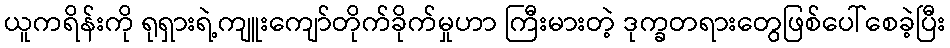
ယူကရိန်းကို ရုရှားရဲ့ကျူးကျော်တိုက်ခိုက်မှုဟာ ကြီးမားတဲ့ ဒုက္ခတရားတွေဖြစ်ပေါ်စေခဲ့ပြီး